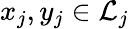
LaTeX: x_{j},y_{j}\in{\mathcal{L}}_{j}